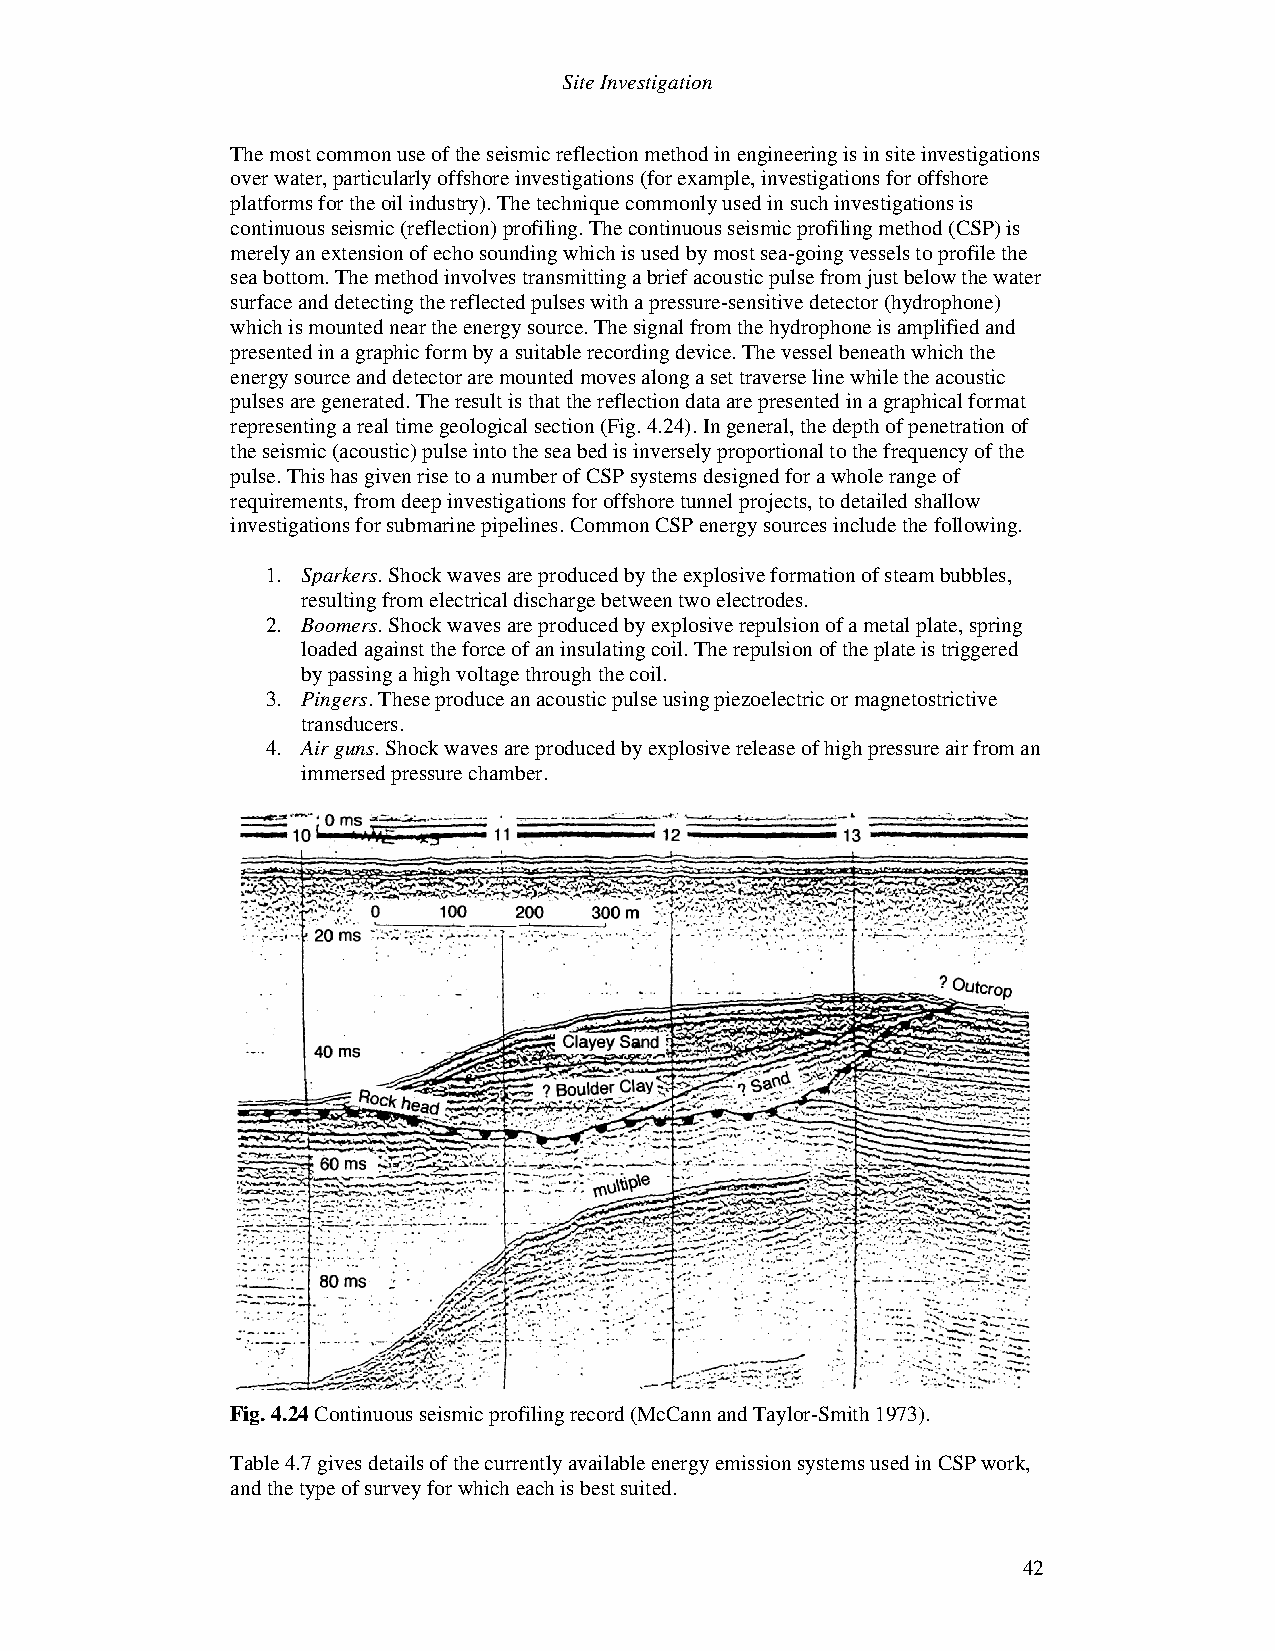
Site Investigation
 The most common use of the seismic reflection method in engineering is in site investigations
 over water, particularly offshore investigations (for example, investigations for offshore
 platforms for the oil industry). The technique commonly used in such investigations is
 continuous seismic (reflection) profiling. The continuous seismic profiling method (CSP) is
 merely an extension of echo sounding which is used by most sea-going vessels to profile the
 sea bottom. The method involves transmitting a brief acoustic pulse from just below the water
 surface and detecting the reflected pulses with a pressure-sensitive detector (hydrophone)
 which is mounted near the energy source. The signal from the hydrophone is amplified and
 presented in a graphic form by a suitable recording device. The vessel beneath which the
 energy source and detector are mounted moves along a set traverse line while the acoustic
 pulses are generated. The result is that the reflection data are presented in a graphical format
 representing a real time geological section (Fig. 4.24). In general, the depth of penetration of
 the seismic (acoustic) pulse into the sea bed is inversely proportional to the frequency of the
 pulse. This has given rise to a number of CSP systems designed for a whole range of
 requirements, from deep investigations for offshore tunnel projects, to detailed shallow
 investigations for submarine pipelines. Common CSP energy sources include the following.
 1. Sparkers. Shock waves are produced by the explosive formation of steam bubbles,
 resulting from electrical discharge between two electrodes.
 2. Boomers. Shock waves are produced by explosive repulsion of a metal plate, spring
 loaded against the force of an insulating coil. The repulsion of the plate is triggered
 by passing a high voltage through the coil.
 3. Pingers. These produce an acoustic pulse using piezoelectric or magnetostrictive
 transducers.
 4. Air guns. Shock waves are produced by explosive release of high pressure air from an
 immersed pressure chamber.
 Fig. 4.24 Continuous seismic profiling record (McCann and Taylor-Smith 1973).
 Table 4.7 gives details of the currently available energy emission systems used in CSP work,
 and the type of survey for which each is best suited.
 42